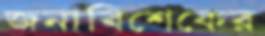
জনাবিশেকের